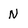
Character: N